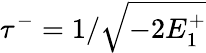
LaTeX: \tau^{-}=1/\sqrt{-2E_{1}^{+}}